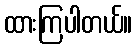
ထားကြပါတယ်။